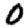
Digit: 0